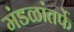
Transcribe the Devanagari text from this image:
मंडळांतर्फे